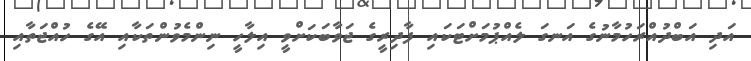
އަދި އަބްދުއްރަހުމާނުގެ އަނގަ ލެއްޕުމަށްޓަކައި ފާދިރީގެ ޖަވާބަކަށްވީ އިލާހީ ނިންމެވުންތަކާއި އޭގެ ހުއްޖަތާއި